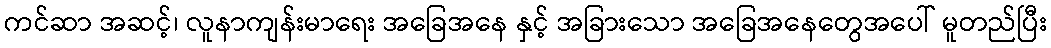
ကင်ဆာ အဆင့်၊ လူနာကျန်းမာရေး အခြေအနေ နှင့် အခြားသော အခြေအနေတွေအပေါ် မူတည်ပြီး